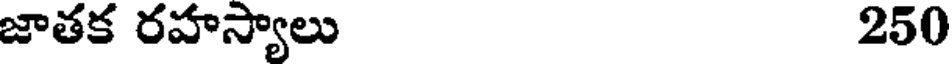
జాతక రహస్యాలు 250